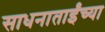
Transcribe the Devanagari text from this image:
साधनाताईंच्या